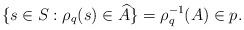
LaTeX: \begin{align*}\{s\in S:\rho_q(s)\in \widehat{A}\}=\rho_q^{-1}(A)\in p.\end{align*}